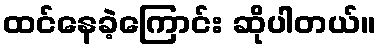
ထင်နေခဲ့ကြောင်း ဆိုပါတယ်။